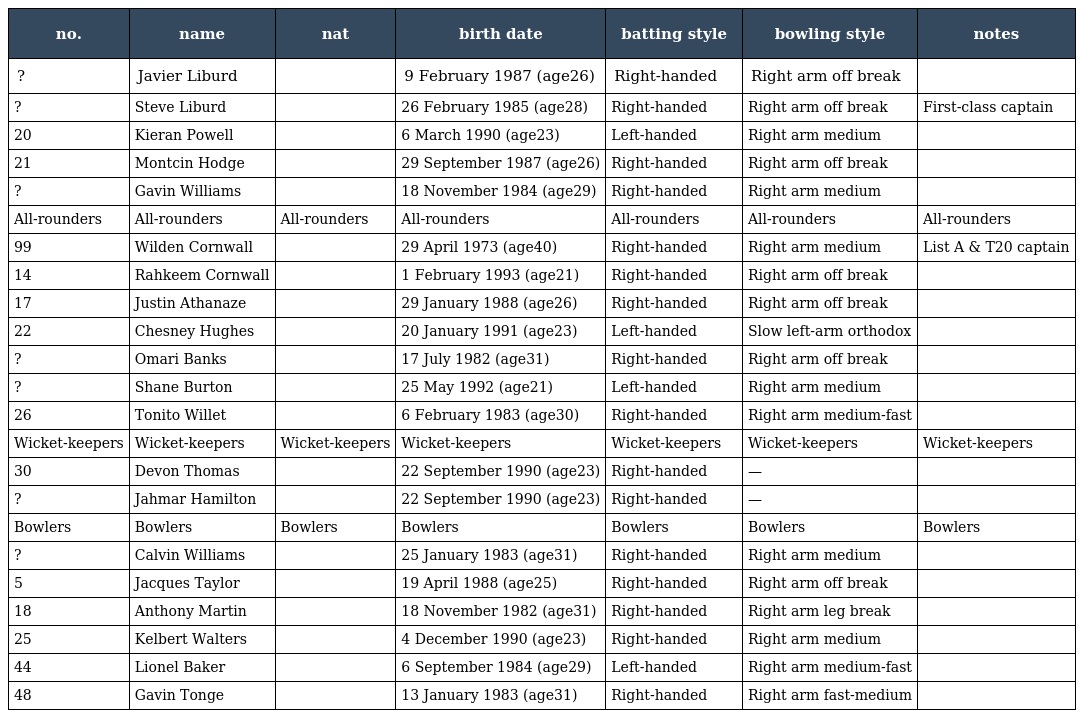
| no. | name | nat | birth date | batting style | bowling style | notes |
 | --- | --- | --- | --- | --- | --- | --- |
 | ? | Javier Liburd |  | 9 February 1987 (age26) | Right-handed | Right arm off break |  |
 | ? | Steve Liburd |  | 26 February 1985 (age28) | Right-handed | Right arm off break | First-class captain |
 | 20 | Kieran Powell |  | 6 March 1990 (age23) | Left-handed | Right arm medium |  |
 | 21 | Montcin Hodge |  | 29 September 1987 (age26) | Right-handed | Right arm off break |  |
 | ? | Gavin Williams |  | 18 November 1984 (age29) | Right-handed | Right arm medium |  |
 | All-rounders | All-rounders | All-rounders | All-rounders | All-rounders | All-rounders | All-rounders |
 | 99 | Wilden Cornwall |  | 29 April 1973 (age40) | Right-handed | Right arm medium | List A & T20 captain |
 | 14 | Rahkeem Cornwall |  | 1 February 1993 (age21) | Right-handed | Right arm off break |  |
 | 17 | Justin Athanaze |  | 29 January 1988 (age26) | Right-handed | Right arm off break |  |
 | 22 | Chesney Hughes |  | 20 January 1991 (age23) | Left-handed | Slow left-arm orthodox |  |
 | ? | Omari Banks |  | 17 July 1982 (age31) | Right-handed | Right arm off break |  |
 | ? | Shane Burton |  | 25 May 1992 (age21) | Left-handed | Right arm medium |  |
 | 26 | Tonito Willet |  | 6 February 1983 (age30) | Right-handed | Right arm medium-fast |  |
 | Wicket-keepers | Wicket-keepers | Wicket-keepers | Wicket-keepers | Wicket-keepers | Wicket-keepers | Wicket-keepers |
 | 30 | Devon Thomas |  | 22 September 1990 (age23) | Right-handed | — |  |
 | ? | Jahmar Hamilton |  | 22 September 1990 (age23) | Right-handed | — |  |
 | Bowlers | Bowlers | Bowlers | Bowlers | Bowlers | Bowlers | Bowlers |
 | ? | Calvin Williams |  | 25 January 1983 (age31) | Right-handed | Right arm medium |  |
 | 5 | Jacques Taylor |  | 19 April 1988 (age25) | Right-handed | Right arm off break |  |
 | 18 | Anthony Martin |  | 18 November 1982 (age31) | Right-handed | Right arm leg break |  |
 | 25 | Kelbert Walters |  | 4 December 1990 (age23) | Right-handed | Right arm medium |  |
 | 44 | Lionel Baker |  | 6 September 1984 (age29) | Left-handed | Right arm medium-fast |  |
 | 48 | Gavin Tonge |  | 13 January 1983 (age31) | Right-handed | Right arm fast-medium |  |